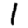
Digit: 1